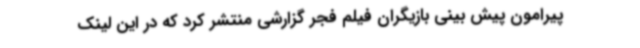
پیرامون پیش بینی بازیگران فیلم فجر گزارشی منتشر کرد که در این لینک